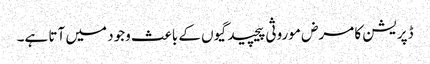
ڈپریشن کا مرض موروثی پیچیدگیوں کے باعث وجود میں آتا ہے۔